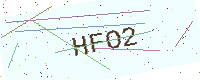
Text: HFO2